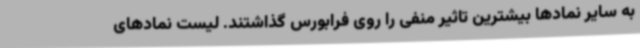
به سایر نمادها بیشترین تاثیر منفی را روی فرابورس گذاشتند. لیست نمادهای